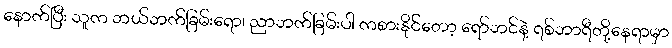
နောက်ပြီး သူက ဘယ်ဘက်ခြမ်းရော၊ ညာဘက်ခြမ်းပါ ကစားနိုင်တော့ ရော်ဘင်နဲ့ ရစ်ဘာရီတို့နေရာမှာ